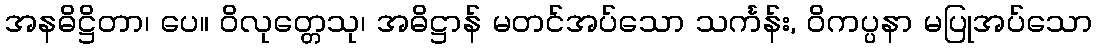
အနဓိဋ္ဌိတာ၊ ပေ။ ဝိလုတ္တေသု၊ အဓိဋ္ဌာန် မတင်အပ်သော သင်္ကန်း, ဝိကပ္ပနာ မပြုအပ်သော